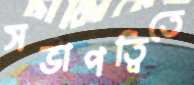
সভাপত্বিতে